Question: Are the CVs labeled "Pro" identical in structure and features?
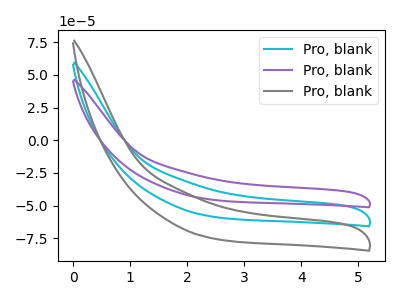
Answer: <think>The cyan curve "Pro, blank1" has no peaks. The purple curve "Pro, blank2" has no peaks. The gray curve "Pro, blank3" has no peaks.
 Neither "Pro, blank1" or "Pro, blank2" have any peaks. Neither "Pro, blank1" or "Pro, blank3" have any peaks. Neither "Pro, blank2" or "Pro, blank3" have any peaks.</think>
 <answer>All the CV's of "Pro" have similar shape.</answer>
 <eval>follow_rule</eval>